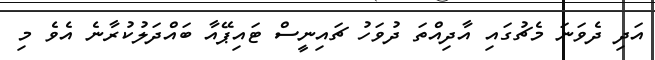
އަދި ދެވަނަ މެޗުގައި އާދިއްތަ ދުވަހު ޗައިނީސް ޓައިޕޭއާ ބައްދަލުކުރާނެ އެވެ މި